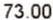
73.00